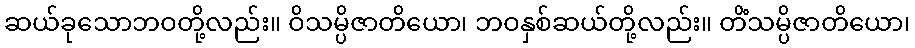
ဆယ်ခုသောဘဝတို့လည်း။ ဝိသမ္ပိဇာတိယော၊ ဘဝနှစ်ဆယ်တို့လည်း။ တိံသမ္ပိဇာတိယော၊